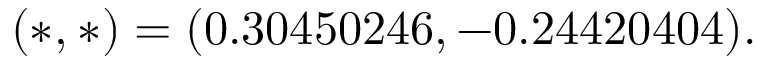
\begin{array} { r } { ( \a ^ { \ast } , \c ^ { \ast } ) = ( 0 . 3 0 4 5 0 2 4 6 , - 0 . 2 4 4 2 0 4 0 4 ) . } \end{array}